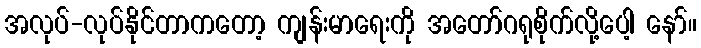
အလုပ်-လုပ်နိုင်တာကတော့ ကျန်းမာရေးကို အတော်ဂရုစိုက်လို့ပေါ့ နော်။